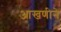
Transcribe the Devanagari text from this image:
आखणीने